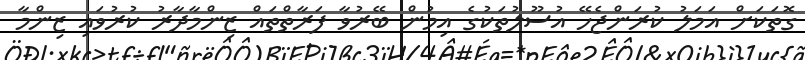
ގޮތަކަށް އަމަލު ކުރަންޖެހޭ އުސޫލުތަކުގެ އިމުން ބޭރުވާ ފަރާތްތައް ޒިންމާދާރު ކުރުވައި ޒިންމާ